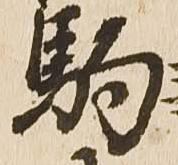
駒